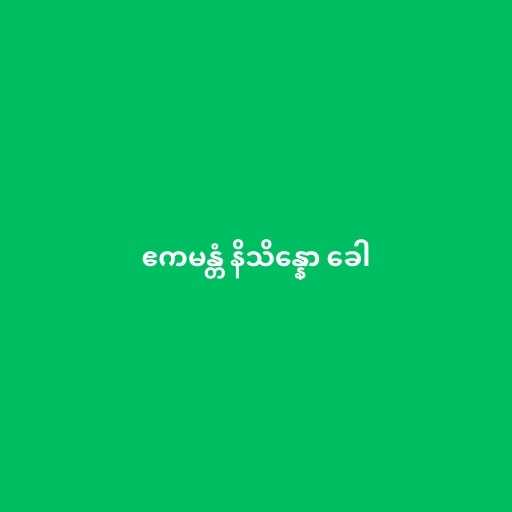
ဧကမန္တံ နိသိန္နော ခေါ